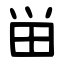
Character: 畄